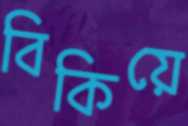
বিকিয়ে